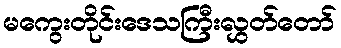
မကွေးတိုင်းဒေသကြီးလွှတ်တော်